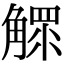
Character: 𧤩